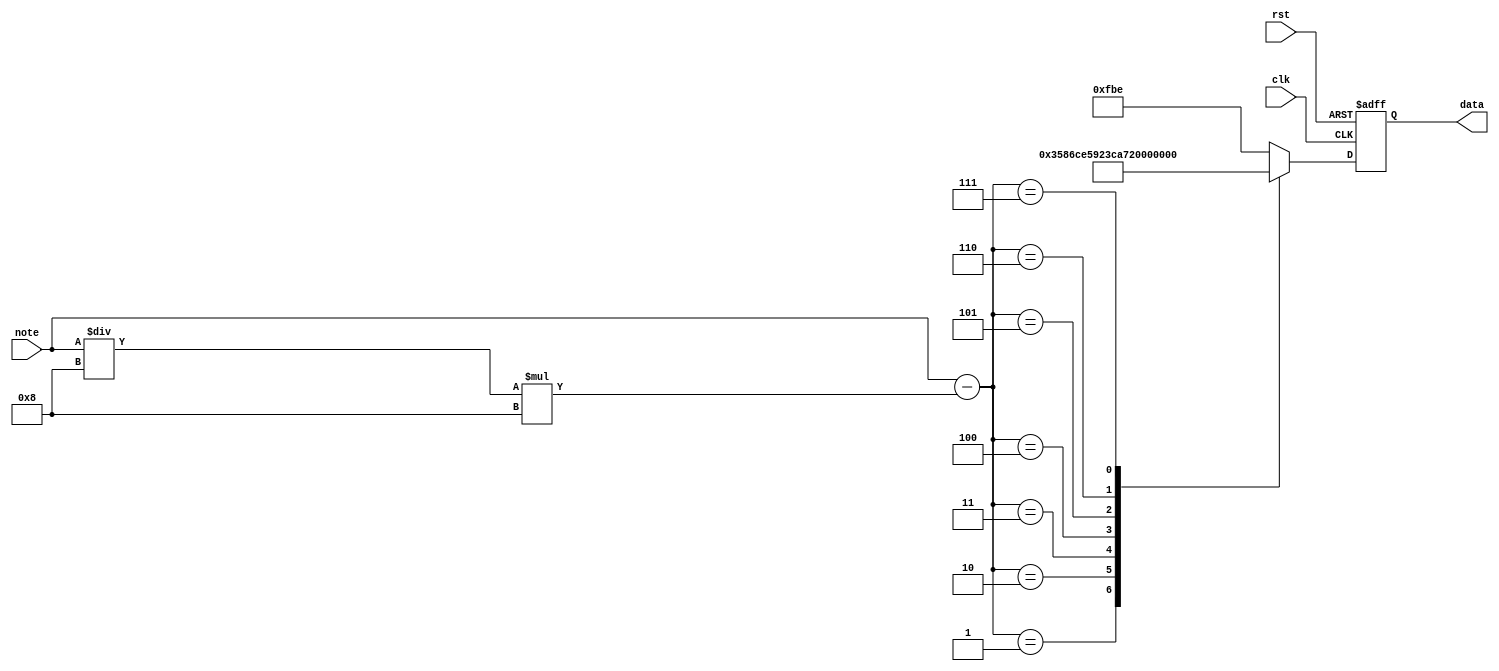
module note_data_ctrl (
    input clk,
    input rst,
    input [4:0] note,
    output reg [11:0] data
);
    reg [4:0] _note;
    always @(posedge clk, negedge rst) begin
        if (!rst) begin
            data <= 12'b111110_111110;  //reset, all zero
        end else begin
            _note = note;
            _note = _note - _note / 4'd8 * 4'd8;
            case (_note)
                5'b00001: data <= 12'b001101_011000;  //do
                5'b00010: data <= 12'b011011_001110;  //re
                5'b00011: data <= 12'b010110_010010;  //mi
                5'b00100: data <= 12'b001111_001010;  //fa
                5'b00101: data <= 12'b011100_011000;  //so
                5'b00110: data <= 12'b010101_001010;  //la
                5'b00111: data <= 12'b011100_010010;  //si
                default: begin
                    data <= 12'b111110_111110;  //blank
                end
            endcase
        end
    end

endmodule